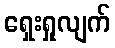
ရှေးရှုလျက်